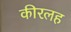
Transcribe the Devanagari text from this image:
कीरलह